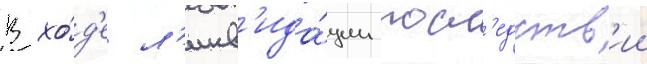
В хо́д'е л'икв'ида́ции посл'едств'ии